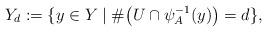
LaTeX: \begin{align*} Y_d := \{y\in Y \mid \# \big(U\cap\psi_A^{-1}(y)\big) =d \}, \end{align*}